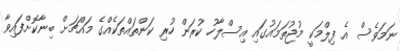
ނަމަވެސް އެ ފިލްމަކީ މުޖުތަމައުގައި އިސްލާހު ކުރަން ހުރި ކަންތައްތަކެއްގެ މައްޗަށް ބިނާކޮށްފައިވާ